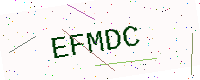
Text: EFMDC